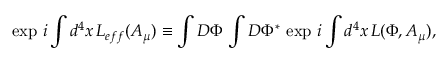
\exp \, i \int d ^ { 4 } x \, { \cal L } _ { e f f } ( A _ { \mu } ) \equiv \int { \cal D } \Phi \, \int { \cal D } \Phi ^ { * } \, \exp \, i \int d ^ { 4 } x \, { \cal L } ( \Phi , A _ { \mu } ) ,